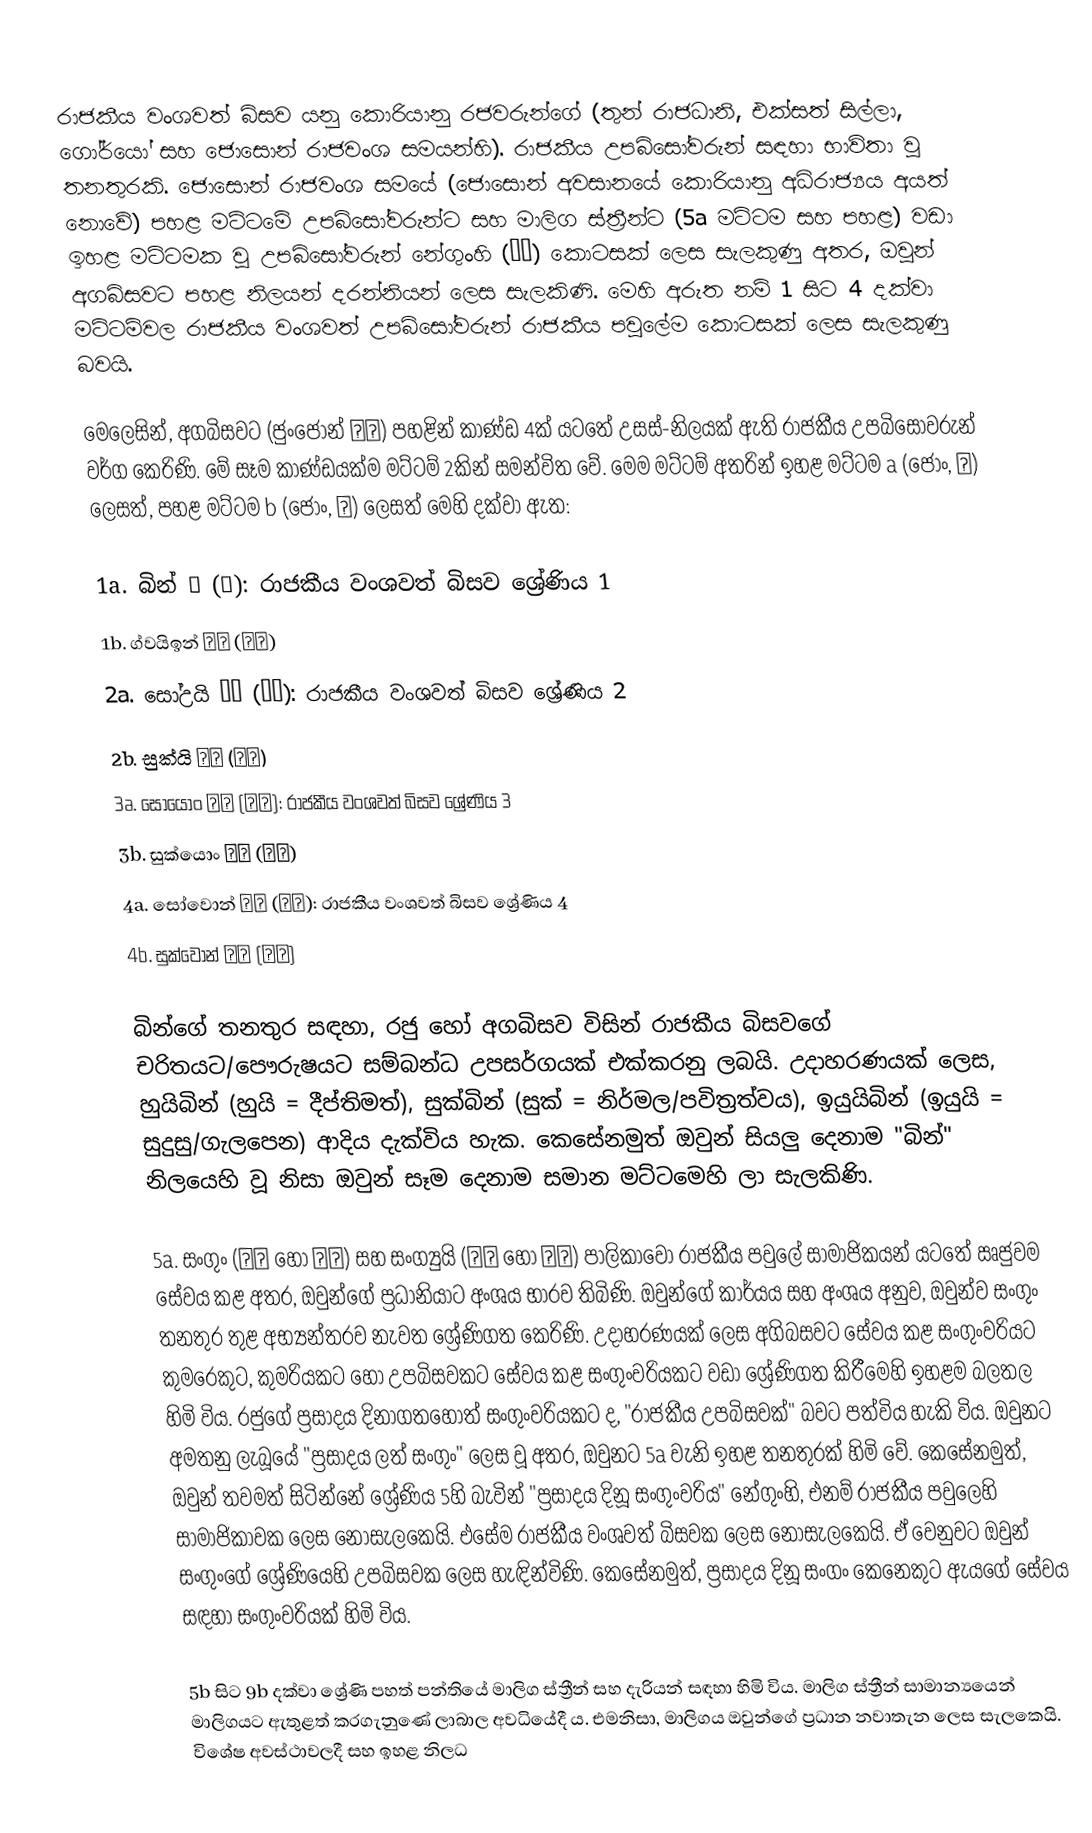
රාජකීය වංශවත් බිසව යනු කොරියානු රජවරුන්ගේ (තුන් රාජධානි, එක්සත් සිල්ලා, ගෝර්යෝ සහ ජොසොන් රාජවංශ සමයන්හි). රාජකීය උපබිසෝවරුන් සඳහා භාවිතා වූ තනතුරකි. ජොසොන් රාජවංශ සමයේ (ජොසොන් අවසානයේ කොරියානු අධිරාජ්‍යය අයත් නොවේ) පහළ මට්ටමේ උපබිසෝවරුන්ට සහ මාලිග ස්ත්‍රීන්ට (5a මට්ටම සහ පහළ) වඩා ඉහළ මට්ටමක වූ උපබිසෝවරුන් නේගුංහි (내궁) කොටසක් ලෙස සැලකුණු අතර, ඔවුන් අගබිසවට පහළ නිලයන් දරන්නියන් ලෙස සැලකිණි. ‍මෙහි අරුත නම් 1 සිට 4 දක්වා මට්ටම්වල රාජකීය වංශවත් උපබිසෝවරුන් රාජකීය පවුලේම කොටසක් ලෙස සැලකුණු බවයි.

මෙලෙසින්, අගබිසවට (ජුංජොන් 중전) පහළින් කාණ්ඩ 4ක් යටතේ උසස්-නිලයක් ඇති රාජකීය උපබිසෝවරුන් වර්ග කෙරිණි. මේ සෑම කාණ්ඩයක්ම මට්ටම් 2කින් සමන්විත වේ. මෙම මට්ටම් අතරින් ඉහළ මට්ටම a (ජොං, 정) ලෙසත්, පහළ මට්ටම b (ජොං, 종) ලෙසත් මෙහි දක්වා ඇත:

1a. බින් 빈 (嬪): රාජකීය වංශවත් බිසව ශ්‍රේණිය 1
1b. ග්වයිඉන් 귀인 (貴人)
2a. සෝඋයි 소의 (昭儀): රාජකීය වංශවත් බිසව‍ ශ්‍රේණිය 2
2b. සුක්යි 숙의 (淑儀)
3a. සෝයොං 소용 (昭容): රාජකීය වංශවත් බිසව ශ්‍රේණිය 3
3b. සුක්යොං 숙용 (淑容)
4a. සෝවොන් 소원 (昭媛): රාජකීය වංශවත් බිසව ශ්‍රේණිය 4
4b. සුක්වොන් 숙원 (淑媛)

බින්ගේ තනතුර සඳහා, රජු හෝ අගබිසව විසින් රාජකීය බිසවගේ චරිතයට/පෞරුෂයට සම්බන්ධ උපසර්ගයක් එක්කරනු ලබයි. උදාහරණයක් ලෙස, හුයිබින් (හුයි = දීප්තිමත්), සුක්බින් (සුක් = නිර්මල/පවිත්‍රත්වය), ඉයුයිබින් (ඉයුයි = සුදුසු/ගැලපෙන) ආදිය දැක්විය හැක. කෙසේනමුත් ඔවුන් සියලු දෙනාම "බින්" නිලයෙහි වූ නිසා ඔවුන් සෑම දෙනාම සමාන මට්ටමෙහි ලා සැලකිණි.

5a. සංගුං (상궁 හෝ 尙宮) සහ සංග්‍යුයි (상의 හෝ 尙儀) පාලිකාවෝ රාජකීය පවුලේ සාමාජිකයන් යටතේ ඍජුවම සේවය කළ අතර, ඔවුන්ගේ ප්‍රධානියාට අංශය භාරව තිබිණි. ඔවුන්ගේ කාර්යය සහ අංශය අනුව, ඔවුන්ව සංගුං තනතුර තුළ අභ්‍යන්තරව නැවත ශ්‍රේණිගත කෙරිණි. උදාහරණයක් ලෙස අගිබසවට සේවය කළ සංගුංවරියට කුමරෙකුට, කුමරියකට හෝ උපබිසවකට සේවය කළ සංගුංවරියකට වඩා ශ්‍රේණිගත කිරීමෙහි ඉහළම බලතල හිමි විය. රජුගේ ප්‍රසාදය දිනාගතහොත් සංගුංවරියකට ද, "රාජකීය උපබිසවක්" බවට පත්විය හැකි විය. ඔවුනට අමතනු ලැබූයේ "ප්‍රසාදය ලත් සංගුං" ලෙස වූ අතර, ඔවුනට 5a වැනි ඉහළ තනතුරක් හිමි වේ. කෙසේනමුත්, ඔවුන් තවමත් සිටින්නේ ශ්‍රේණිය 5හි බැවින් "ප්‍රසාදය දිනූ සංගුංවරිය" නේගුංහි, එනම් රාජකීය පවුලෙහි සාමාජිකාවක ලෙස නොසැලකෙයි. එසේම රාජකීය වංශවත් බිසවක ලෙස නොසැලකෙයි. ඒ වෙනුවට ඔවුන් සංගුංගේ ශ්‍රේණියෙහි උපබිසවක ලෙස හැඳින්විණි. කෙසේනමුත්, ප්‍රසාදය දිනූ සංගං කෙනෙකුට ඇයගේ සේවය සඳහා සංගුංවරියක් හිමි විය.

5b සිට 9b දක්වා ශ්‍රේණි පහත් පන්තියේ මාලිග ස්ත්‍රීන් සහ දැරියන් සඳහා හිමි විය. මාලිග ස්ත්‍රීන් සාමාන්‍යයෙන් මාලිගයට ඇතුළත් කරගැනුණේ ලාබාල අවධියේදී ය. එමනිසා, මාලිගය ඔවුන්ගේ ප්‍රධාන නවාතැන ලෙස සැලකෙයි. විශේෂ අවස්ථාවලදී සහ ඉහළ නිලධ